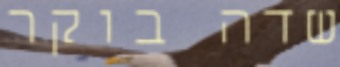
שדה בוקר